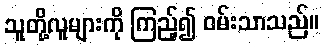
သူတို့လူများကို ကြည့်၍ ဝမ်းသာသည်။